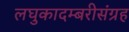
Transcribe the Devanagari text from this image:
लघुकादम्बरीसंग्रह